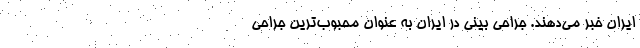
ایران خبر می‌دهند. جراحی بینی در ایران به عنوان محبوب‌ترین جراحی